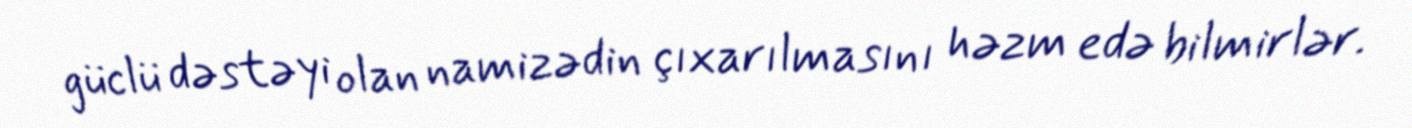
güclü dəstəyi olan namizədin çıxarılmasını həzm edə bilmirlər.